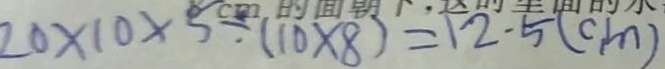
2 0 \times 1 0 \times 5 \div ( 1 0 \times 8 ) = 1 2 . 5 ( c m )